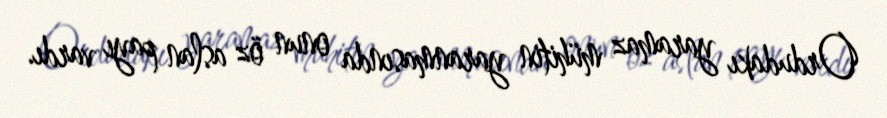
Ordudakı yaramaz mühitin yaranmasında onun öz aslan payı vardı.